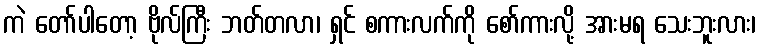
ကဲ တော်ပါတော့ ဗိုလ်ကြီး ဘတ်တလာ၊ ရှင် စကားလက်ကို စော်ကားလို့ အားမရ သေးဘူးလား၊